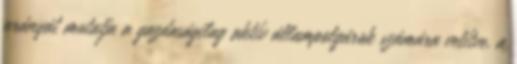
arányát mutatja a gazdaságilag aktív állampolgárok számára vetítve, a